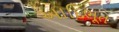
આદિભૂત